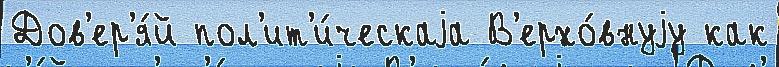
Дов'ер'я́й пол'ит'и́ческаjа В'ерхо́внуjу как